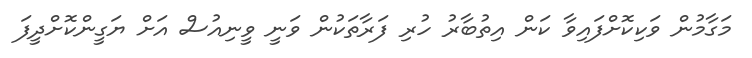
މަގާމުން ވަކިކޮށްފައިވާ ކަން އިތުބާރު ހުރި ފަރާތަކުން ވަނީ ވީނިއުސް އަށް ޔަގީންކޮށްދީފަ